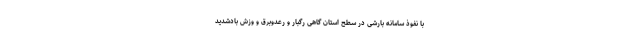
با نفوذ سامانه بارشی در سطح استان گاهی رگبار و رعدوبرق و وزش بادشدید